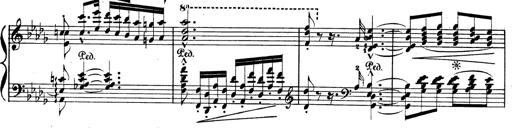
Title: BÃ©nÃ©diction et serment
Composer: Franz Liszt